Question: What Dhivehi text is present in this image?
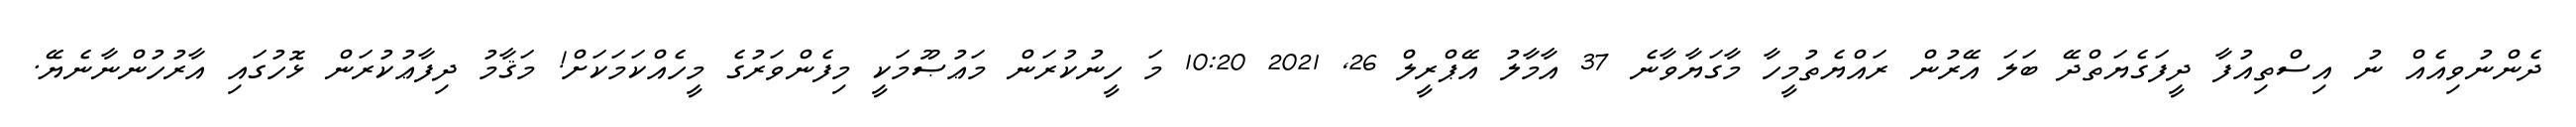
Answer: ދެންނުވިއެއް ނު އިސްތިއުފާ ދީފަގެޔަތްދޭ ބަލަ އޭރުން ރައްޔެތުމީހާ މާގަޔާވާނެ 37 އާމާލު އޭޕްރީލް 26, 2021 10:20 މަ ހީނުކުރަން މަޢުޞޫމަކީ މިފެންވަރުގެ މީހެއްކަމަކަށް! މަޤާމު ދިފާޢުކުރަން ޅޮހުގައި އާރުހުންނާނެޔޭ.